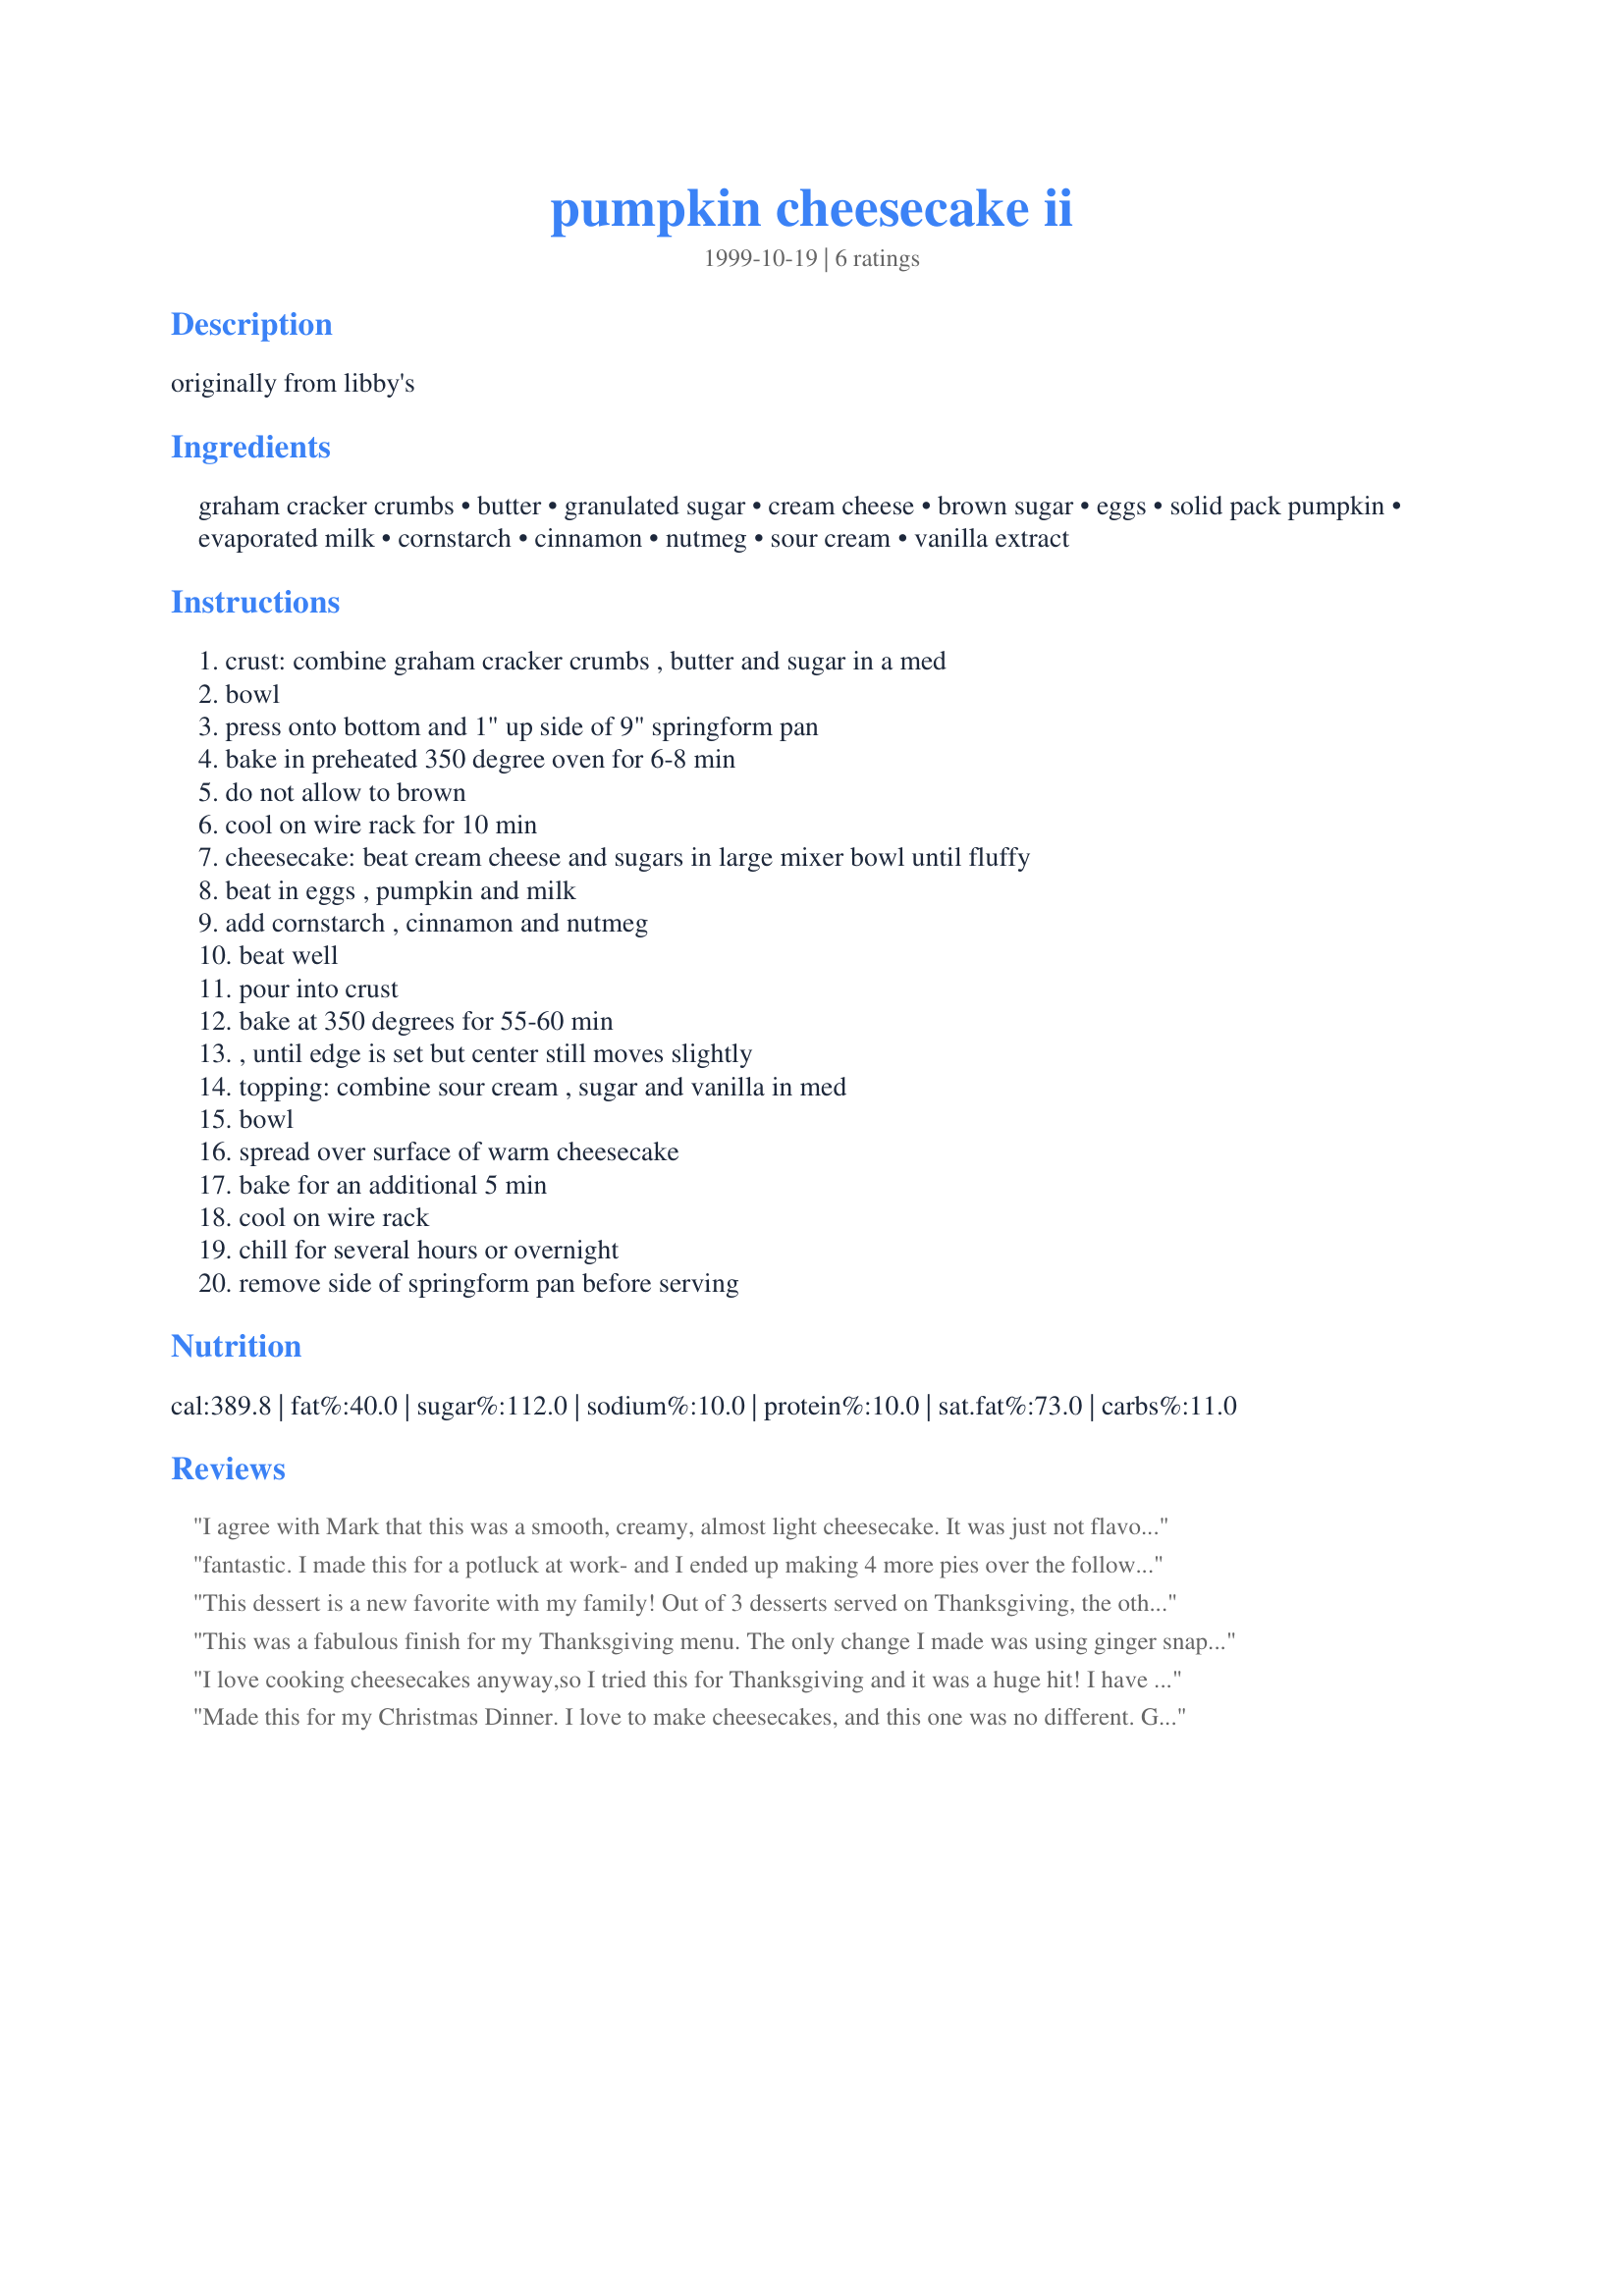
pumpkin cheesecake ii
Preparation time: 0 minutes

originally from libby's

Ingredients:
graham cracker crumbs, butter, granulated sugar, cream cheese, brown sugar, eggs, solid pack pumpkin, evaporated milk, cornstarch, cinnamon, nutmeg, sour cream, vanilla extract

Steps:
crust: combine graham cracker crumbs , butter and sugar in a med, bowl, press onto bottom and 1" up side of 9" springform pan, bake in preheated 350 degree oven for 6-8 min, do not allow to brown, cool on wire rack for 10 min, cheesecake: beat cream cheese and sugars in large mixer bowl until fluffy, beat in eggs , pumpkin and milk, add cornstarch , cinnamon and nutmeg, beat well, pour into crust, bake at 350 degrees for 55-60 min, , until edge is set but center still moves slightly, topping: combine sour cream , sugar and vanilla in med, bowl, spread over surface of warm cheesecake, bake for an additional 5 min, cool on wire rack, chill for several hours or overnight, remove side of springform pan before serving

Reviews:
I agree with Mark that this was a smooth, creamy, almost light cheesecake. It was just not flavorful enough for me. I did get good reviews from my European friends who ate it. They felt most American desserts were too sweet, but this was just right. But three days after the party all the other desserts are gone and half of this remains, which tells you something.
fantastic. 

I made this for a potluck at work- and I ended up making 4 more pies over the following 3 days just to get people to quit interrupting me about it... 

I didn't feel like bothering with the crust bit after the first round, the graham cracker premade crusts are just as good.
This dessert is a new favorite with my family! Out of 3 desserts served on Thanksgiving, the other two only had one slice eaten, while this cheesecake had only 2 slices left. My cousins ate the leftovers for breakfast the next morning. There did seem to be alot of filling and I cut the sugar used in the topping to 1/4 cup; all in all this recipe was great!!!
This was a fabulous finish for my Thanksgiving menu. The only change I made was using ginger snap crumbs for the crust -- they served as a perfect counterpoint for the creamy, smooth cream cheese mixture.

While it's a little time consuming to make, this cheesecake will likely become a new fall tradition in my home!
I love cooking cheesecakes anyway,so I tried this for Thanksgiving and it was a huge hit! I have had requests to make for Christmas as well! 5Stars:)
 Sarah M
Made this for my Christmas Dinner. I love to make cheesecakes, and this one was no different. Great taste, wonderful texure. Just spectacular.
